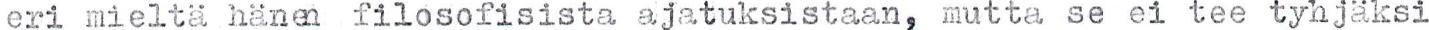
eri mieltä hänen filosofisista ajatuksistaan, mutta se ei tee tyhjäksi